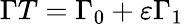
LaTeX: \Gamma T=\Gamma_{0}+\varepsilon\Gamma_{1}